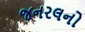
જનરલનો